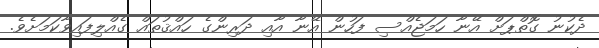
ދެކުނު ގޮތްޕަށް އޭނާ ހަމަޖެއްސި ފަހުން އޭނާ އާއި ދަރިންގެ ހައްޤުތައް ގެއްލިފައިވާކަމަށެވެ.